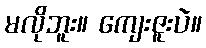
မလိုဘူး။ ကျေးဇူးပဲ။